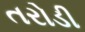
તરોડી